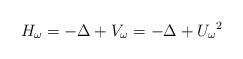
LaTeX: \begin{align*}H_\omega = - \Delta + V_\omega = - \Delta + {U_\omega}^{2}\end{align*}